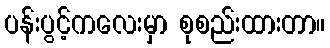
ပန်းပွင့်ကလေးမှာ စုစည်းထားတာ။